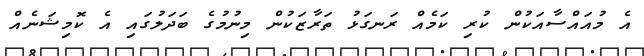
އެ މުއައްސާއަކުން ކުރި ކަމެއް ރަނގަޅު ތަރާޒަކުން މިނުމުގެ ބަދަލުގައި އެ ކޮމިޝަނެއް